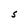
Character: S